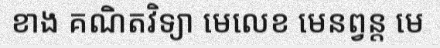
ខាង គណិតវិទ្យា មេលេខ មេនព្វន្ត មេ